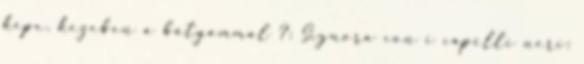
kepe, kezeben a batyammal ?: Signora con i capelli neri: